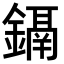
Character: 𨭀